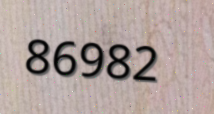
86982